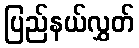
ပြည်နယ်လွှတ်